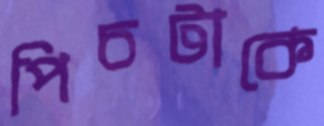
পিচটাকে